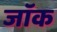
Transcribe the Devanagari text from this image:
जाॅक